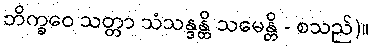
ဘိက္ခဝေ သတ္တာ သံသန္ဒန္တိ သမေန္တိ - စသည်)။